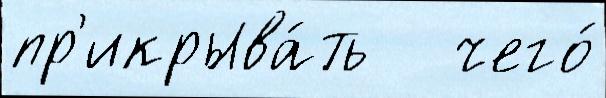
пр'икрыва́ть   чего́